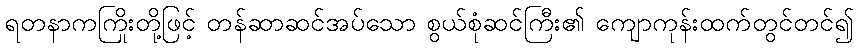
ရတနာကကြိုးတို့ဖြင့် တန်ဆာဆင်အပ်သော စွယ်စုံဆင်ကြီး၏ ကျောကုန်းထက်တွင်တင်၍